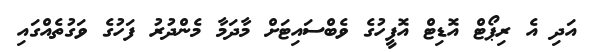
އަދި އެ ރިޕޯޓް އޮޑިޓް އޮފީހުގެ ވެބްސައިޓަށް މާދަމާ މެންދުރު ފަހުގެ ވަގުތެއްގައި